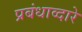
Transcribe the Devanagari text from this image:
प्रबंधाव्दारे